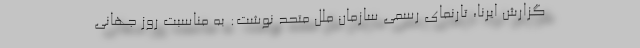
گزارش ایرنا، تارنمای رسمی سازمان ملل متحد نوشت: به مناسبت روز جهانی